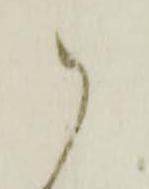
御